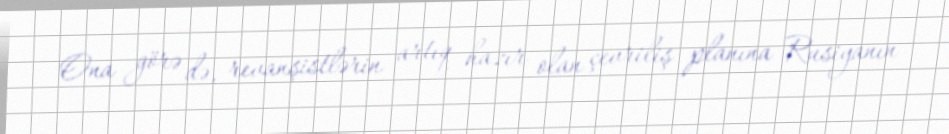
Ona görə də, revanşistlərin artıq hazır olan çevriliş planına Rusiyanın